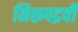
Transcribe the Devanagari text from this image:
निरूपद्रवी